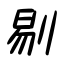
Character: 剔